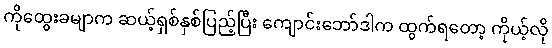
ကိုထွေးခမျာက ဆယ့်ရှစ်နှစ်ပြည့်ပြီး ကျောင်းဘော်ဒါက ထွက်ရတော့ ကိုယ့်လို